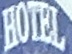
HOTEL